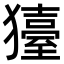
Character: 𤢬